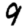
Digit: 9